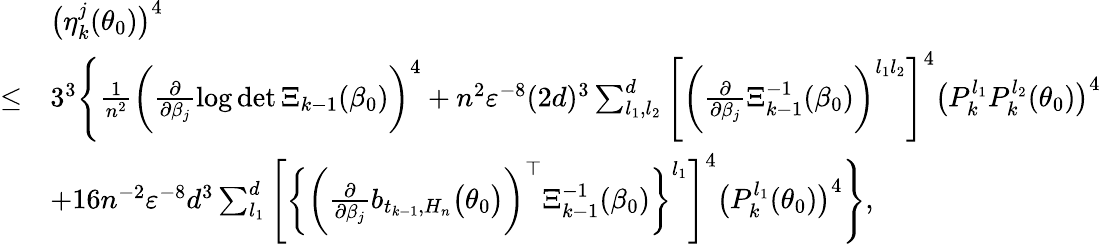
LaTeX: \begin{array}{rl}&{\big(\eta_{k}^{j}(\theta_{0})\big)^{4}}\\ {\leq}&{3^{3}\Bigg\{ \frac{1}{n^{2}}\bigg(\frac{\partial}{\partial\beta_{j}}\log\operatorname*{det}\Xi_{k-1}(\beta_{0})\bigg)^{4}+n^{2}\varepsilon^{-8}(2d)^{3}\sum_{l_{1},l_{2}}^{d}\Bigg[\bigg(\frac{\partial}{\partial\beta_{j}}\Xi_{k-1}^{-1}(\beta_{0})\bigg)^{l_{1}l_{2}}\Bigg]^{4}\big(P_{k}^{l_{1}}P_{k}^{l_{2}}(\theta_{0})\big)^{4}}\\ &{+16n^{-2}\varepsilon^{-8}d^{3}\sum_{l_{1}}^{d}\Bigg[\bigg\{ \biggl(\frac{\partial}{\partial\beta_{j}}b_{t_{k-1},H_{n}}\bigl(\theta_{0}\bigr)\biggr)^{\top}\Xi_{k-1}^{-1}(\beta_{0})\bigg\} ^{l_{1}}\Bigg]^{4}\big(P_{k}^{l_{1}}(\theta_{0})\big)^{4}\Bigg\} ,}\end{array}